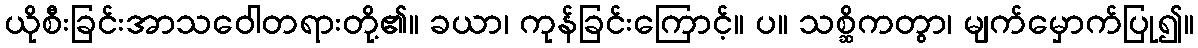
ယိုစီးခြင်းအာသဝေါတရားတို့၏။ ခယာ၊ ကုန်ခြင်းကြောင့်။ ပ။ သစ္ဆိကတွာ၊ မျက်မှောက်ပြု၍။